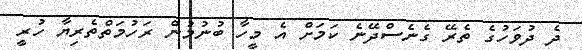
ދެ ދުވަހުގެ ތެރޭ ގެނެސްދޭނެ ކަމަށް އެ މީހާ ބުނުމުން ރަހުމަތްތެރިޔާ ހުރީ